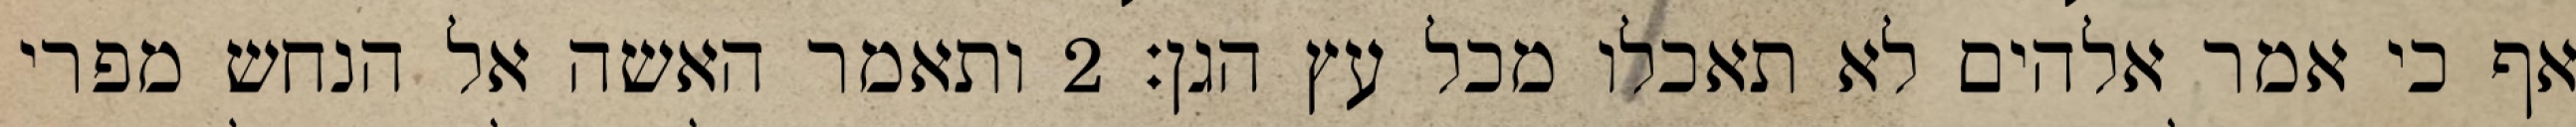
אף כי אמר אלהים לא תאכלו מכל עץ הגן׃ ‎2‏ ותאמר האשה אל הנחש מפרי